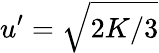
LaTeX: u^{\prime}=\sqrt{2K/3}